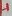
Text: +